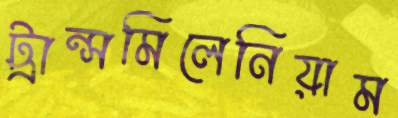
ট্রান্সমিলেনিয়াম